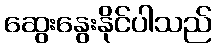
ဆွေးနွေးနိုင်ပါသည်